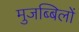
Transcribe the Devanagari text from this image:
मुजब्बिलों